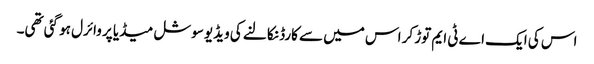
اس کی ایک اے ٹی ایم توڑ کر اس میں سے کارڈ نکالنے کی ویڈیو سوشل میڈیا پر وائرل ہو گئی تھی۔